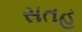
સતહ